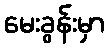
မေးခွန်းမှာ